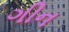
ગીન